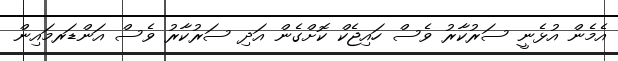
އެމެން އުޅެނީ ސަރުކާރު ވެސް ހައިޖެކް ކޮށްގެން އަދި ސަރުކާރު ވެސް އަންޑަރމައިން